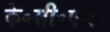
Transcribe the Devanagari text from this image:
के॰सी॰एस॰